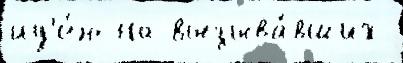
ид'е́ю на вызыва́вших